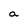
Character: a